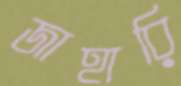
জাহারি